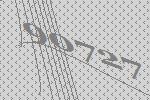
90727